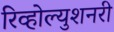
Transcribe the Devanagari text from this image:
रिव्होल्युशनरी